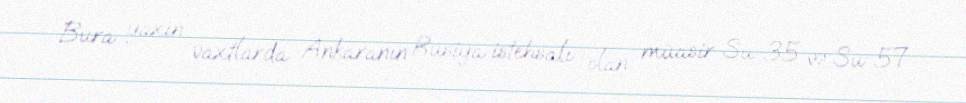
Bura yaxın vaxtlarda Ankaranın Rusiya istehsalı olan müasir Su-35 və Su-57